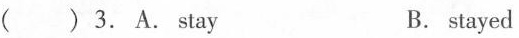
( ) 3. A. Stay B. stayed